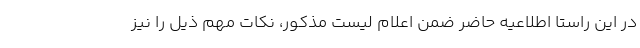
در این راستا اطلاعیه حاضر ضمن اعلام لیست مذکور، نکات مهم ذیل را نیز